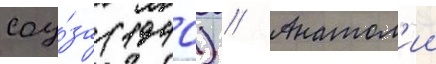
соу́за (1940) // Анатол'ии